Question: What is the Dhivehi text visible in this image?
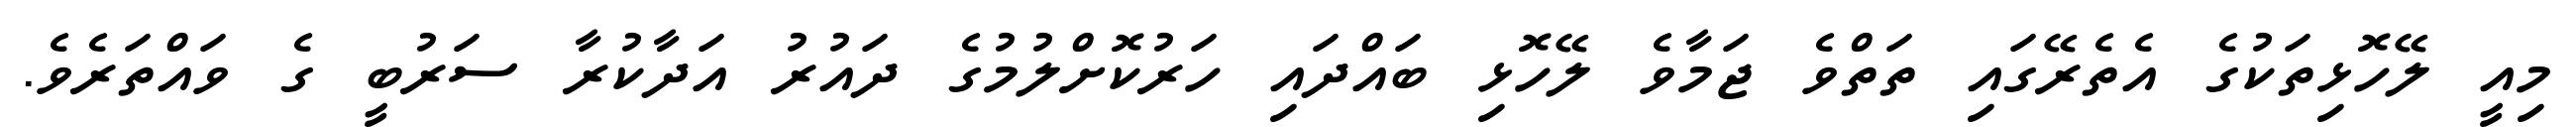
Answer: މިއީ ލޭހޮޅިތަކުގެ އެތެރޭގައި ތަތްވެ ޖަމާވެ ލޭހޮޅި ބައްދައި ހަރުކޮށްލުމުގެ ދައުރު އަދާކުރާ ސަރުބީ ގެ ވައްތަރެވެ.